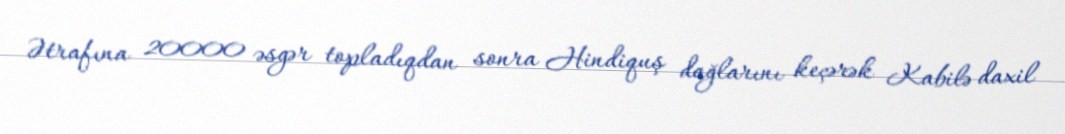
Ətrafına 20000 əsgər topladıqdan sonra Hindiquş dağlarını keçərək Kabilə daxil